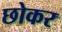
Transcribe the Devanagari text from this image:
छोकर